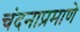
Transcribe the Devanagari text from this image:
चंदनाप्रमाणे